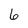
Character: 6